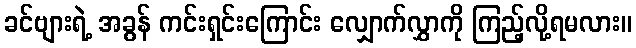
ခင်ဗျားရဲ့ အခွန် ကင်းရှင်းကြောင်း လျှောက်လွှာကို ကြည့်လို့ရမလား။